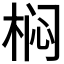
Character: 𭪓